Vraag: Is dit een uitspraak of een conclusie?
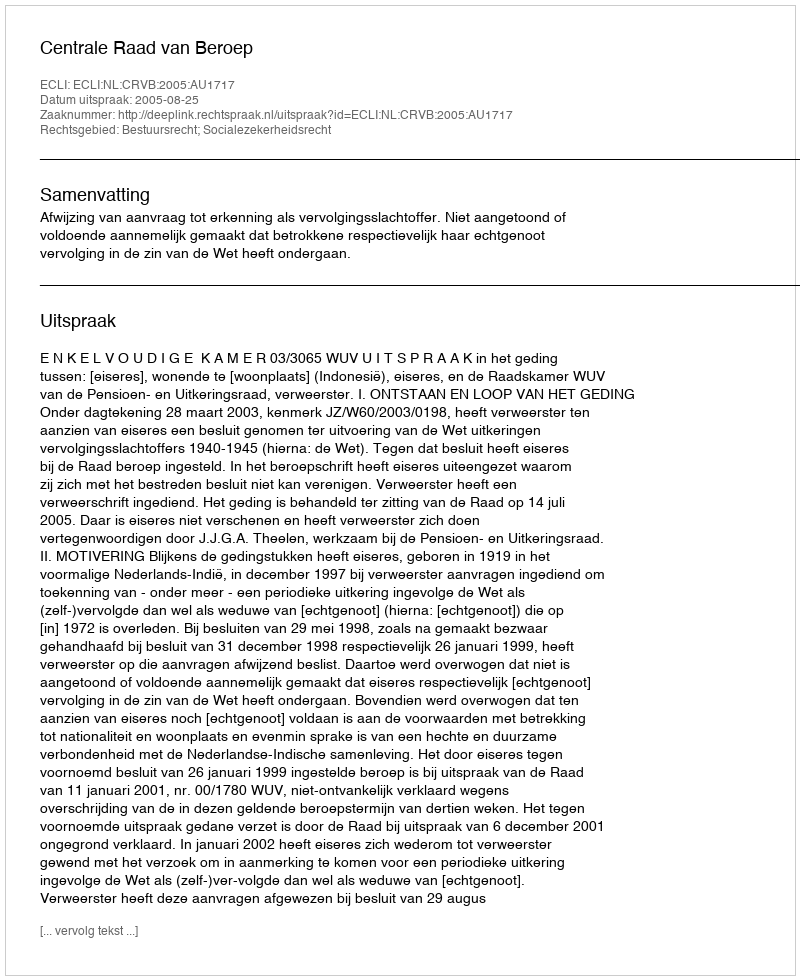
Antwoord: Uitspraak